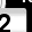
Digit: 2